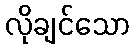
လိုချင်သော